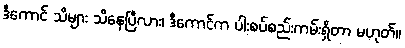
ဒီကောင် သိများ သိနေပြီလား၊ ဒီကောင်က ပါးစပ်စည်းကမ်းရှိတာ မဟုတ်။